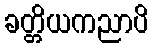
ခတ္တိယကညာပိ